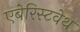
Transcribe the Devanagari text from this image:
एबेरिस्टवेथ